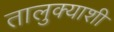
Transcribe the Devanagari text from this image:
तालुक्‍याशी